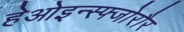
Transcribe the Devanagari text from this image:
हेओइन्स्फ्जोरौर